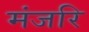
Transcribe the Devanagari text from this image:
मंजरि